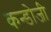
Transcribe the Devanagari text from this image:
कन्डोजी